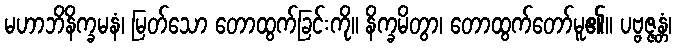
မဟာဘိနိက္ခမနံ၊ မြတ်သော တောထွက်ခြင်းကို။ နိက္ခမိတွာ၊ တောထွက်တော်မူ၏။ ပဗ္ဗဇ္ဇန္တံ၊